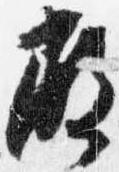
殿